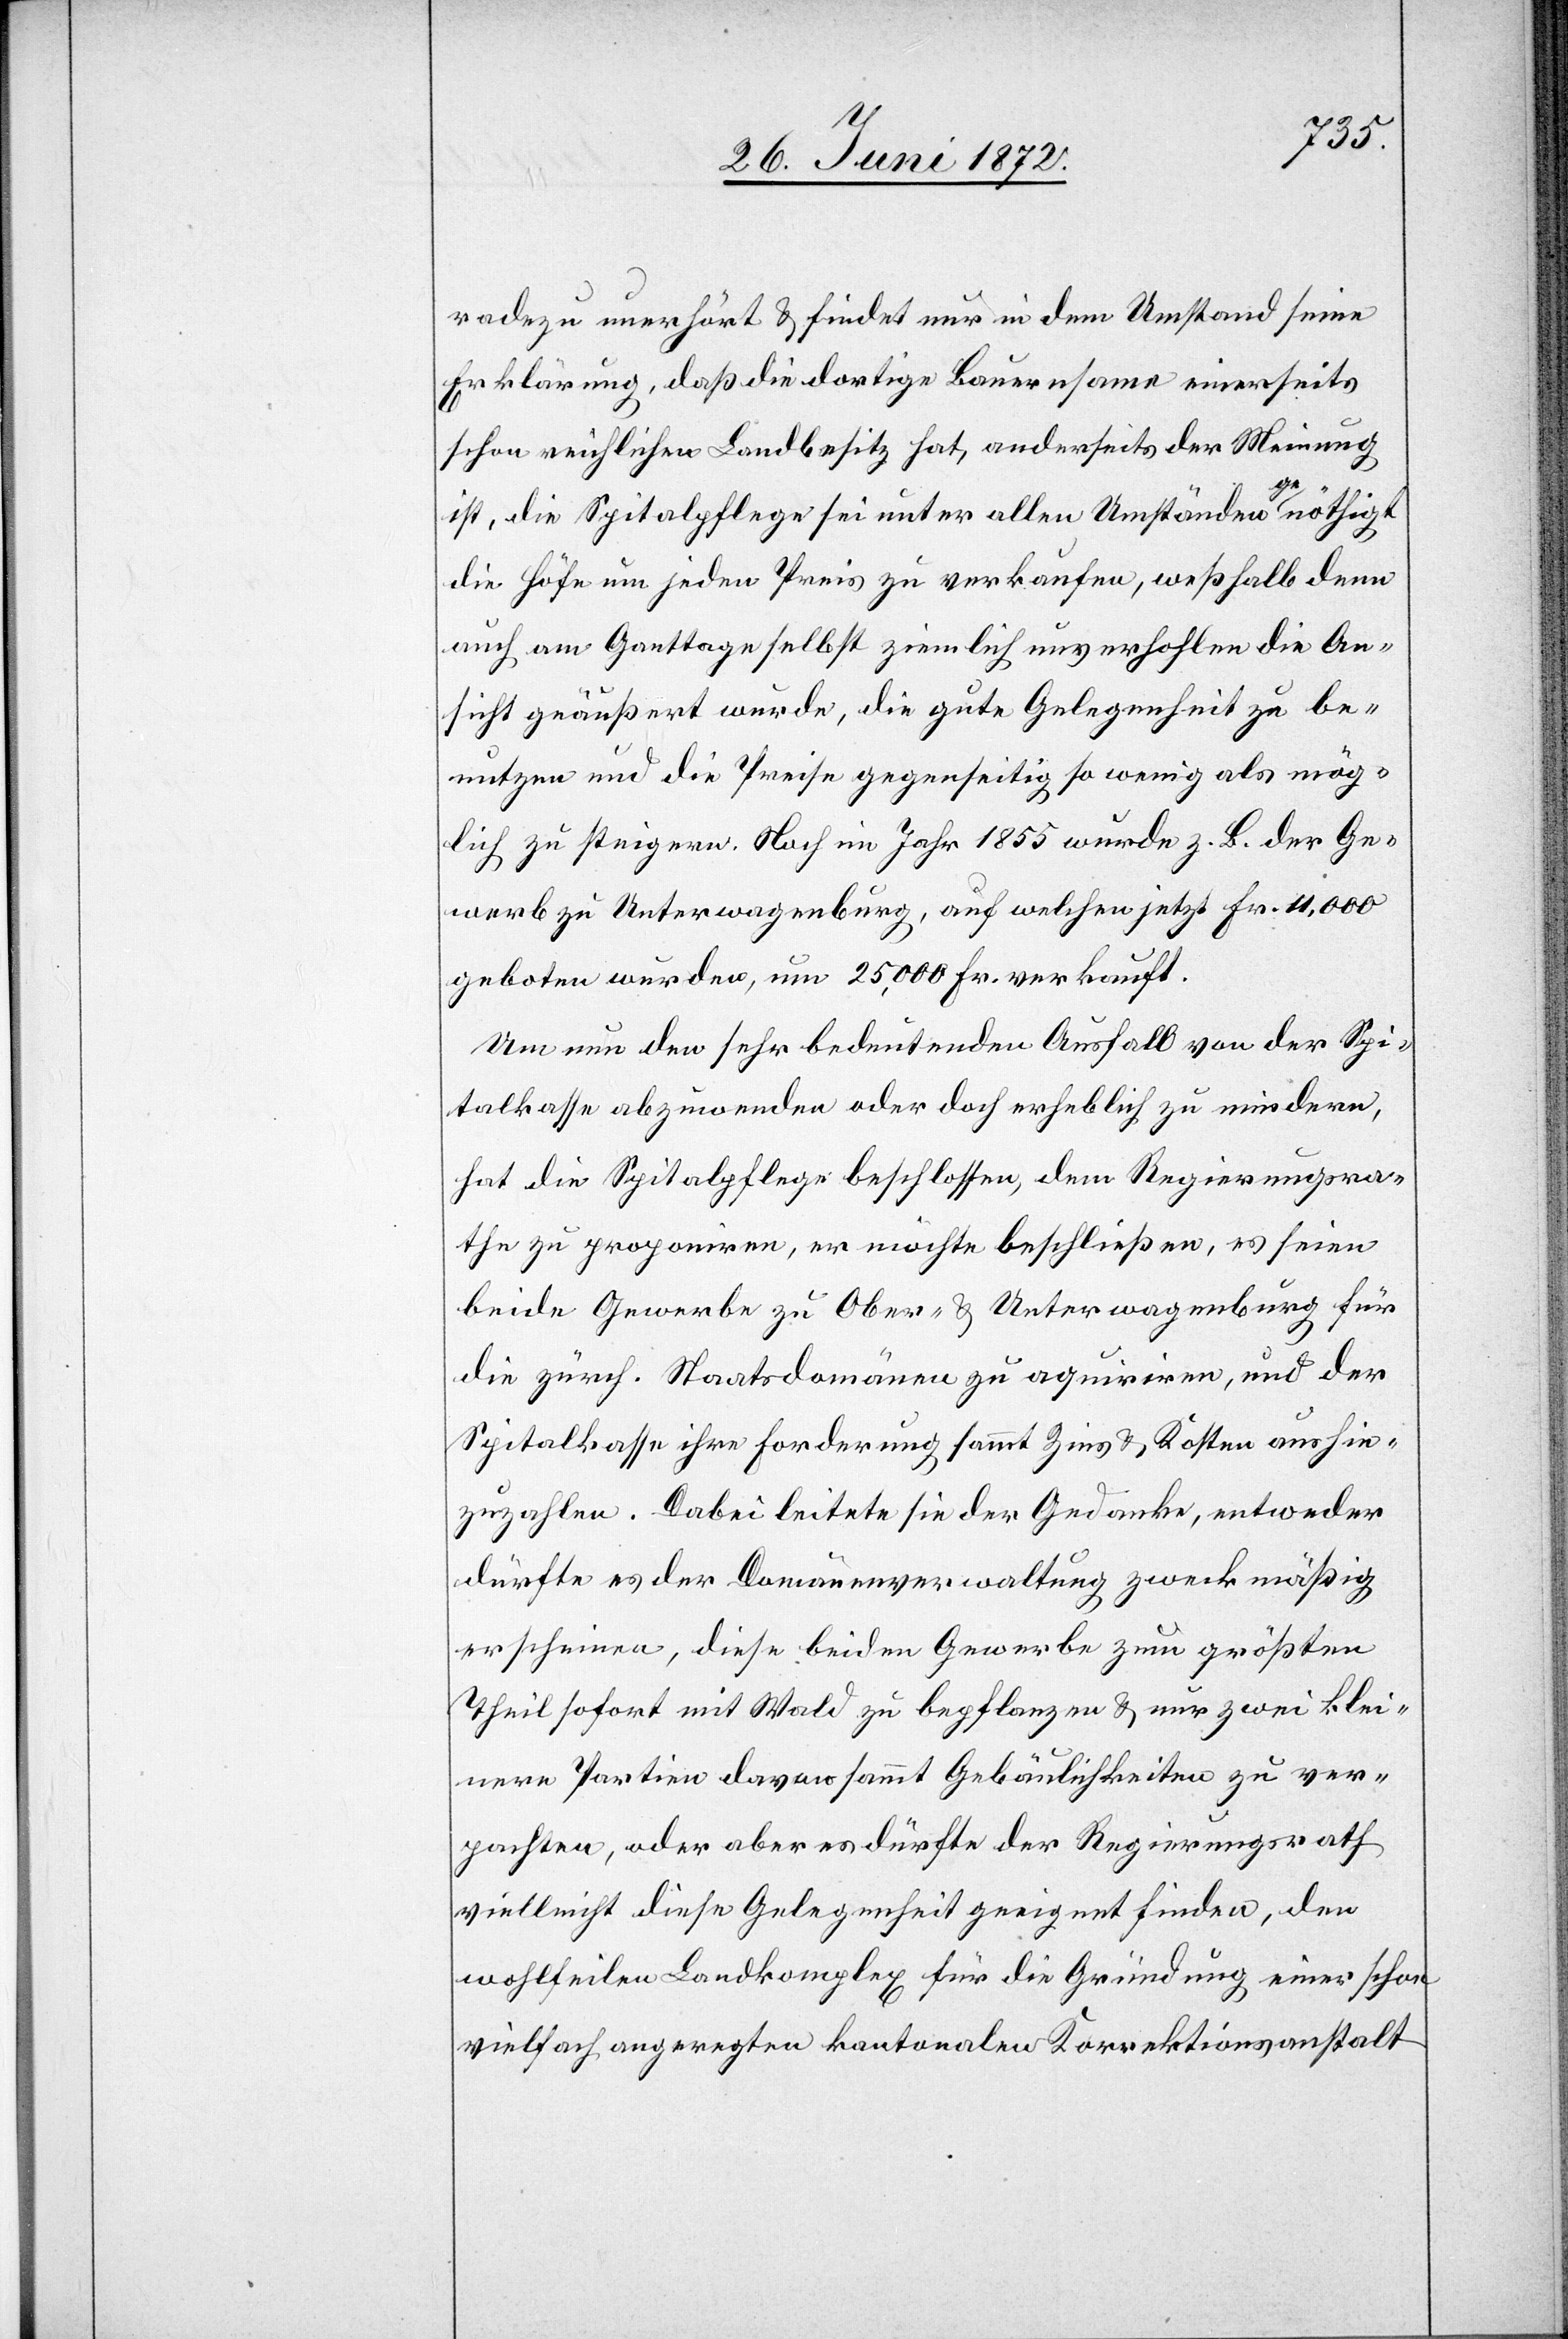
radezu unerhört u. findet nur in dem Umstand seine
Erklärung, daß die dortige Bauernsame einerseits
schon reichlichen Landbesitz hat, anderseits der Meinung
ist, die Spitalpflege sei unter allen Umständen genöthigt
die Höfe um jeden Preis zu verkaufen, weßhalb denn
auch am Ganttage selbst ziemlich unverhohlen die An¬
sicht geäußert wurde, die gute Gelegenheit zu be¬
nutzten und die Preise gegenseitig so wenig als mög¬
lich zu steigern. Noch im Jahr 1855 wurde z. B. der Ge¬
werb zu Unterwagenburg, auf welchen jetzt Fr. 4,000
geboten wurden, um 25,000 Fr. verkauft.
Um nun den sehr bedeutenden Ausfall von der Spi¬
talkasse abzuwenden oder doch erheblich zu mindern,
hat die Spitalpflege beschlossen, dem Regierungsra¬
the zu proponiren, er möchte beschließen, es seien
beide Gewerbe zu Ober- u. Unterwagenburg für
die zürch. Staatsdomäne zu aquiriren, und der
Spitalkasse ihre Forderung sammt Zins u. Kosten aushin¬
zuzahlen. Dabei leitete sie der Gedanke, entweder
dürfte es der Domänenverwaltung zweckmäßig
erscheinen, diese beiden Gewerbe zum größten
Theil sofort mit Wald zu bepflanzen u. nur zwei klei¬
nere Partien davon sammt Gebäulichkeiten zu ver¬
pachten, oder aber es dürfte der Regierungsrath
vielleicht diese Gelegenheit geeignet finden, den
wohlfeilen Landkomplex für die Gründung einer schon
vielfach angeregten kantonalen Korrektionsanstalt